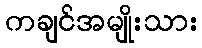
ကချင်အမျိုးသား